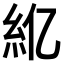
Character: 𫃝